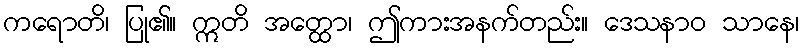
ကရောတိ၊ ပြု၏။ ဣတိ အတ္ထော၊ ဤကားအနက်တည်း။ ဒေသနာဝ သာနေ၊